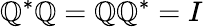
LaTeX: \mathbb{Q}^{*}\mathbb{Q}=\mathbb{Q}\mathbb{Q}^{*}=I